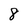
Character: 8